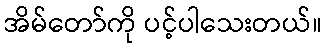
အိမ်တော်ကို ပင့်ပါသေးတယ်။